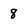
Character: 8